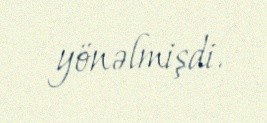
yönəlmişdi.